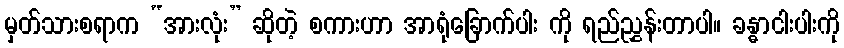
မှတ်သားစရာက “အားလုံး” ဆိုတဲ့ စကားဟာ အာရုံခြောက်ပါး ကို ရည်ညွှန်းတာပါ။ ခန္ဓာငါးပါးကို